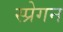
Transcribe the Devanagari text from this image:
स्प्रेगन